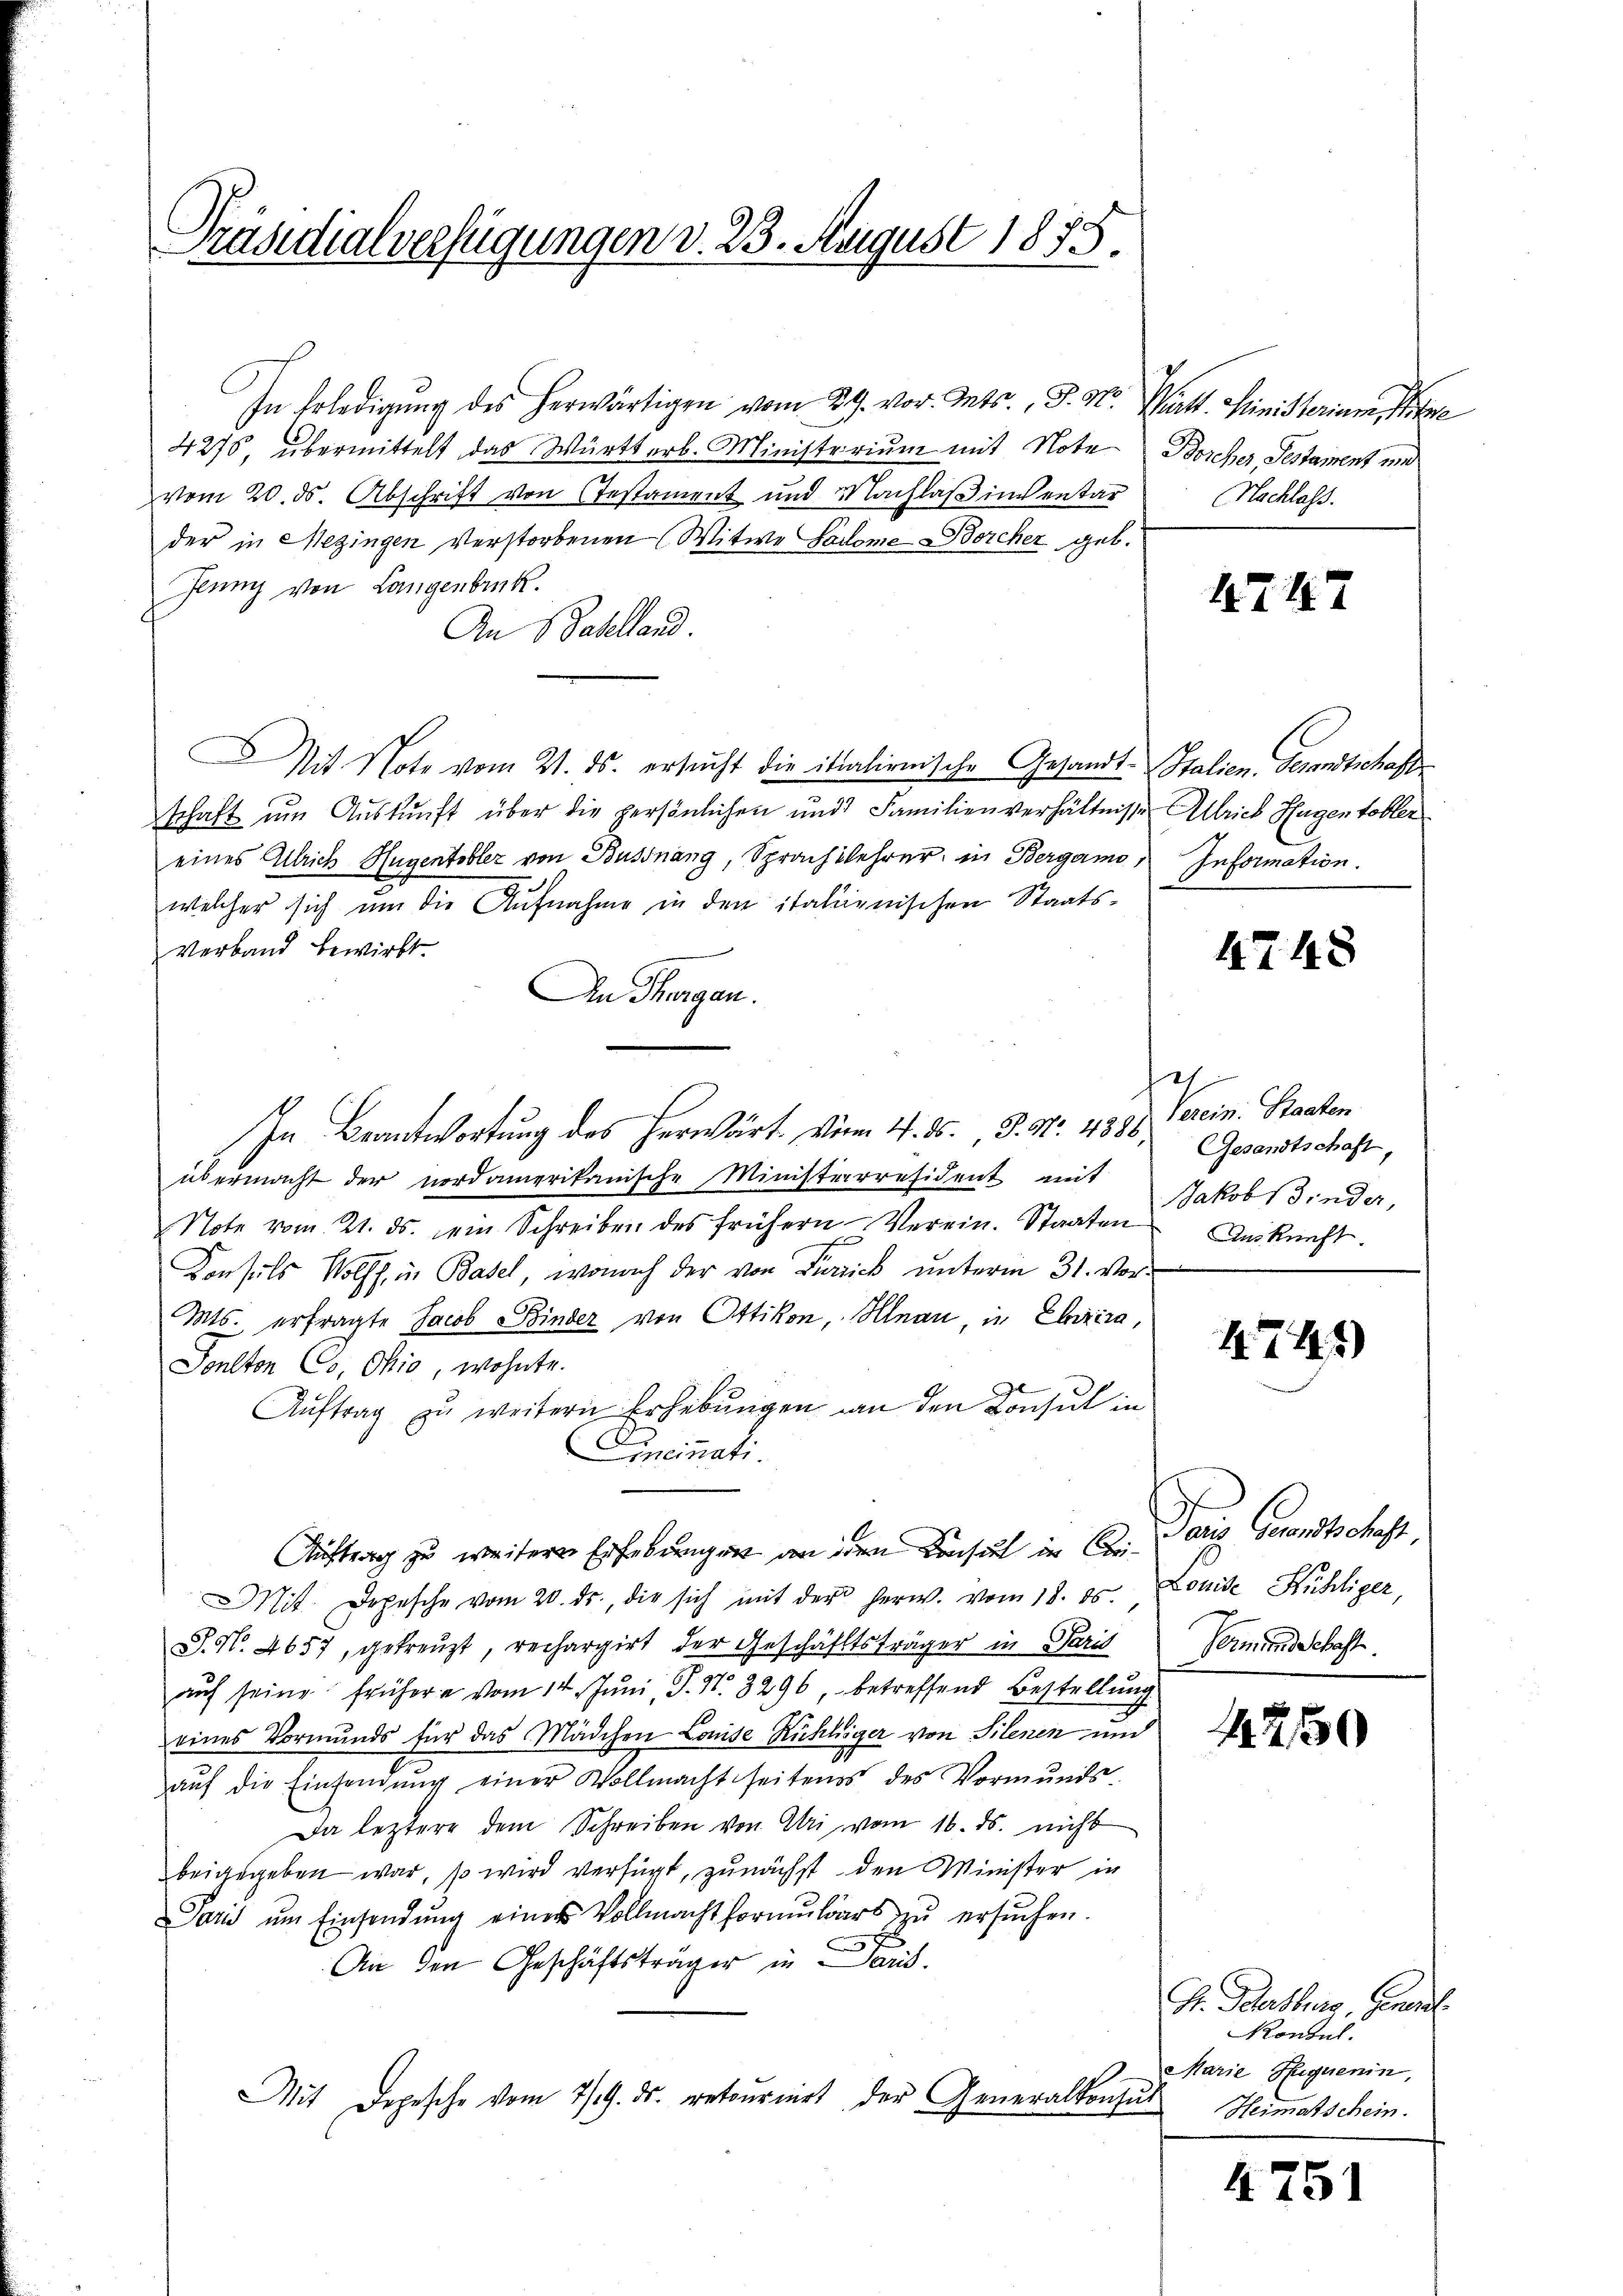
Präsidialverfügungen d. 23. August 1875.

In Erledigung des herwärtigen vom 24. vor. Mts., P. M. Württ. Ministerium,
4276, übermittelt das Württerb. Ministerium mit Note Borcher, Testament und
vom 20. ds. Abschrift von Testament und Nachlaß inventar
der in Mezingen verstorbenen Witwe Salome Borcher geb.
Juny von Langenbruck.
An S Baselland.
Mit Note vom 21. ds. ersucht die italienische Gesandt Italien. Gesandtschaft
schaft um Auskunft über die persönlichen und Familienverhältnisse Altrieb Hugentobler
eines Allrich Hugentobler von Bussnang, Sprachwehrer, in Bergamo Information.
welcher sich um die Aufnahme in den italienischen Staats¬
Verband bewirkt.
An Thurgau.
In Beantwortung des herwärt. Von 4. ds., S. Nr. 4888, Verein. Staaten
übermacht der nordamerikanische Ministerresident mit
Note vom 21. ds. ein Schreiben des frühern Verein. Staaten Ankunft.
Konsuls Wolff in Basel, wonach der von Pinick unterm 31. Vor-
Mts. erfragte Jacob Binder von Ottikon, Illnau, in Ehrira,
Sonlton Cs, Ohio, wohnte.
Aŭftrag zŭ weitern Erhebŭngen an den Consul in
Cincinati.
Auftrag zu weitere Erhebungen an den Konsul in Ci¬
Mit Depesche vom 20. ds., die sich mit der herw. vom 18. ds. Louise Frühliger,
P. Nr. 4657, getreŭzt rechargirt der Geschäftsträger in Paris
auf seine frühere vom 14. Juni, P. Nr. 3296, betreffend Bestellung
eines Vormunds für das Mädchen Louise Rühlinger von Silenen und
aŭf die Einsendŭng einer Wollmacht seitens des Vormŭnds-
Da leztere dem Schreiben von Ali vom 16. ds. nicht
beigegeben war, so wird verfügt, zunächst den Minister in
Paris ŭm Einsendŭng einer Vollmacht formŭlars zŭ ersŭchen.
An den Geschäftsträger in Paus
Mit Depesche vom 7/19. ds. retourirt der Generalkonsul

Nachlass.

4747

4748

h
Gesandtschaft,
Jakob sinder,

1741)

Paris Grandtschaft,
Vermundschaft.

420

R. Schersburg, General
Konsul
Marie Sequenin,
Heimatschein.

4751